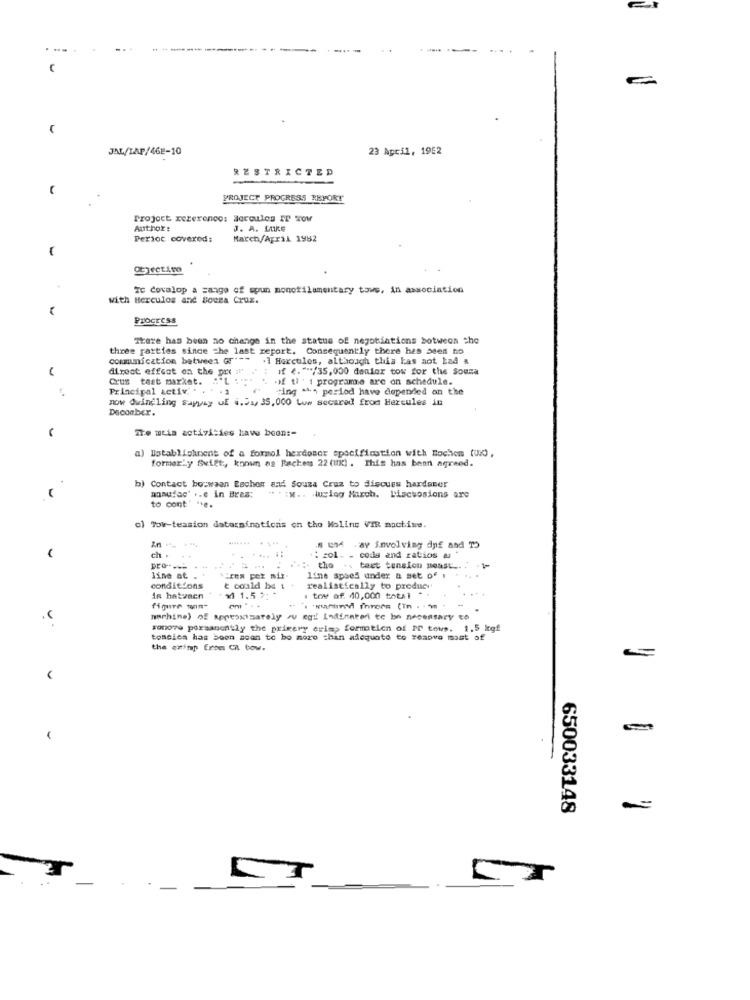
JAL/LAP/468-10
23 April, 1952
RESTRICTED
PROJECT PROGRESS REPORT
Project xererenco: deroules IT wow
Author:
J. A. Luke
Persot covered:
March/April 1982
-
To Covalop a =ange of spun monofilamentary tows, in association
with Herculos and Souza Cruz.
ProcEcss
There has been no change in the status of negotiations botweon the
three parties since the last report. Consequently there has been no
communication between Gr ---
.1 Hercules, although this kas aot Lad a
direct effeat on the prx :
if .""/35,000 denier tow for the Sousa
Crus test market.
.if ti. i programe are on schedule.
Principal activ .
ting a& period have depended on the
now dwindling Sayyay UE 4.21, 35,000 Luw secared from Hercules in
Decoaber.
ite mtia activities have been :-
a)
Establishment of a formol herdonor specification with Bochem (und),
formerly Swift :, known as Packets 22 (II) . This has been agreed.
b) Contact bouwaan Becher and Souza Cruz to discues hardener
manufac" .. e in Braz:
to cont' "+e.
. : w .. Juclog March. Discussions are
o) Tor-teasion dotarsinations on the Molins VIR machine.
.5 6 ay involving dnf and TO
-
ch .
: col_ _ code and ratios a
the .. text tension yeast ..
line at
Crew pet mit
line spoel under a set of
conditions
& could be 1
realistically to produci
in hatvaen
¥1 1.5 *:
. tow of 40,000 total
machine) of approximately zu eq !! Iodineteri to be necessary to
sonove permanently the primary eris, formtion of IT tows. 1.5 kgf
tossica has been scan to bo more than adequate to remove most of
the osimp from CR tow.
650033148